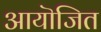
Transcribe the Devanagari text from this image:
आयॊजित